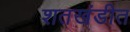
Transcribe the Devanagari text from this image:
शतखंडीत